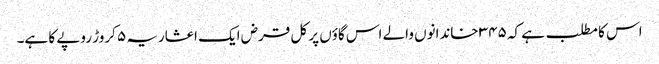
اس کا مطلب ہے کہ ۳۴۵ خاندانوں والے اس گاؤں پر کل قرض ایک اعشاریہ ۵ کروڑ روپے کا ہے۔